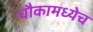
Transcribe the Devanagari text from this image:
चौकामध्येच